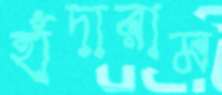
হাঁদারাম